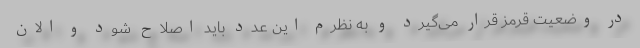
در وضعیت قرمز قرار می‌گیرد و به نظرم این عدد باید اصلاح شود و الان